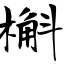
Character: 槲